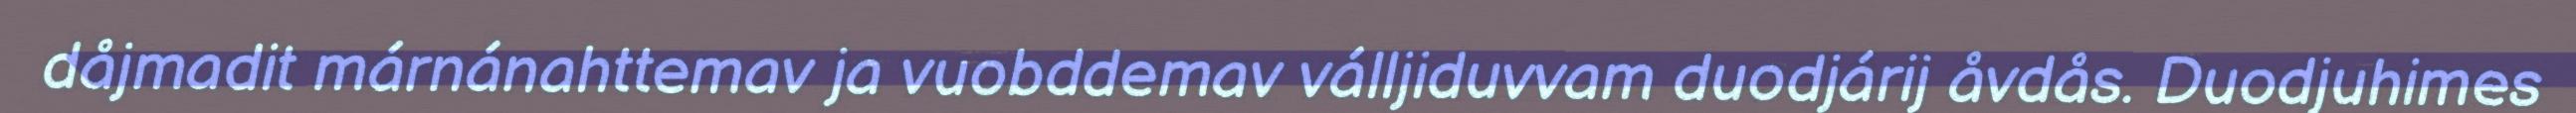
dåjmadit márnánahttemav ja vuobddemav válljiduvvam duodjárij åvdås. Duodjuhimes